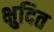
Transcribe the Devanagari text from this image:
क्षुदित